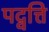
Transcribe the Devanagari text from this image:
पद्वत्ति